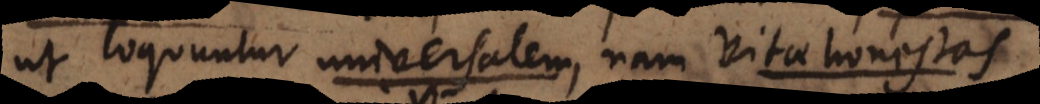
ut loquuntur universalem, nam vitae honestas